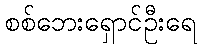
စစ်ဘေးရှောင်ဦးရေ